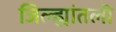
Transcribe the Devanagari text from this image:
जिल्ह्यांतली